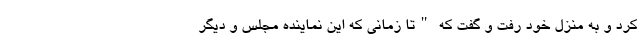
کرد و به منزل خود رفت و گفت که "تا زمانی که این نماینده مجلس و دیگر